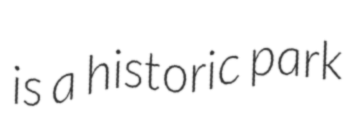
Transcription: is a historic park